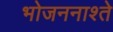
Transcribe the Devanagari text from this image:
भोजननाश्ते